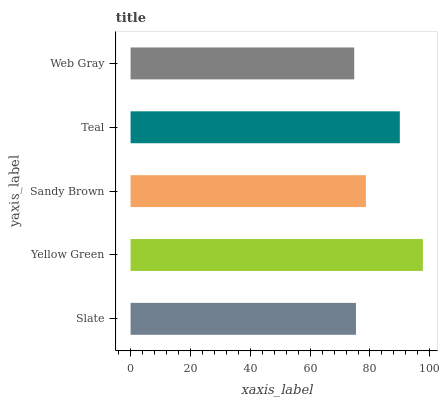
| yaxis_label | bars |
 | --- | --- |
 | Slate | 75.3 |
 | Yellow Green | 97.7 |
 | Sandy Brown | 78.6 |
 | Teal | 90 |
 | Web Gray | 74.7 |